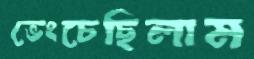
ভেংচেছিলাম